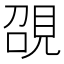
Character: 䙼